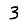
Digit: 3